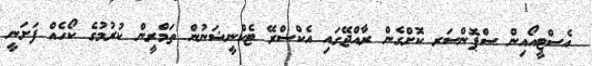
އެސްޓީއޯއިން ސްޕޮންސަރ ކޮށްގެން ރާއްޖޭގައި އެކްސްރޭ ޓެކްނީޝަނުން ތަމްރީން ކުރުމުގެ ކޯހެއް ފަށަނީ